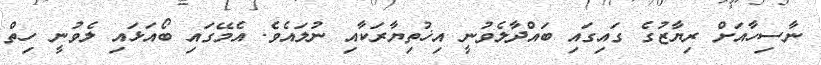
ނާސިހާއަށް ރިޔާޒުގެ ގައިގައި ބައްދާލެވުނީ އިޚުތިޔާރަކާއި ނުލައެވެ. އެމޭގައި ބޯއަޅައި ލެވުނީ ހިތް